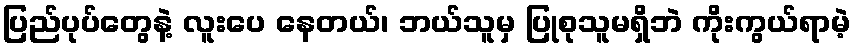
ပြည်ပုပ်တွေနဲ့ လူးပေ နေတယ်၊ ဘယ်သူမှ ပြုစုသူမရှိဘဲ ကိုးကွယ်ရာမဲ့